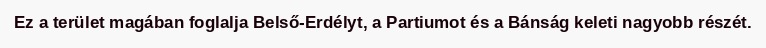
Ez a terület magában foglalja Belső-Erdélyt, a Partiumot és a Bánság keleti nagyobb részét.